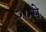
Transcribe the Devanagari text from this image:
२५से